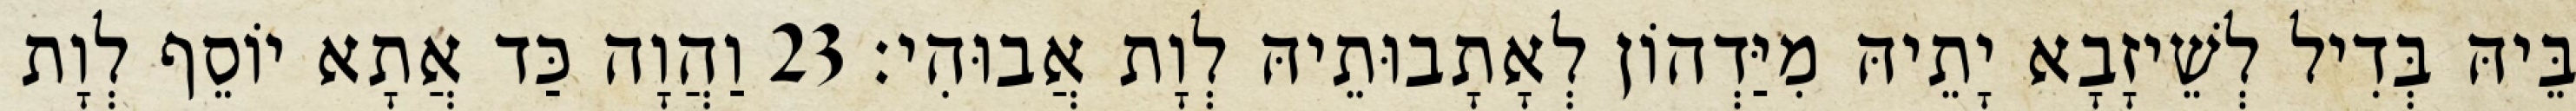
בֵּיהּ בְּדִיל לְשֵׁיזָבָא יָתֵיהּ מִיַּדְהוֹן לְאָתָבוּתֵיהּ לְוָת אֲבוּהִי׃ 23 וַהֲוָה כַּד אֲתָא יוֹסֵף לְוָת